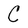
Character: C